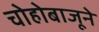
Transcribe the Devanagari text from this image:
चोहोबाजूने